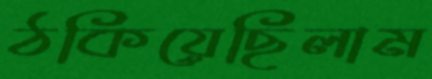
ঠকিয়েছিলাম